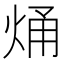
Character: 㷁